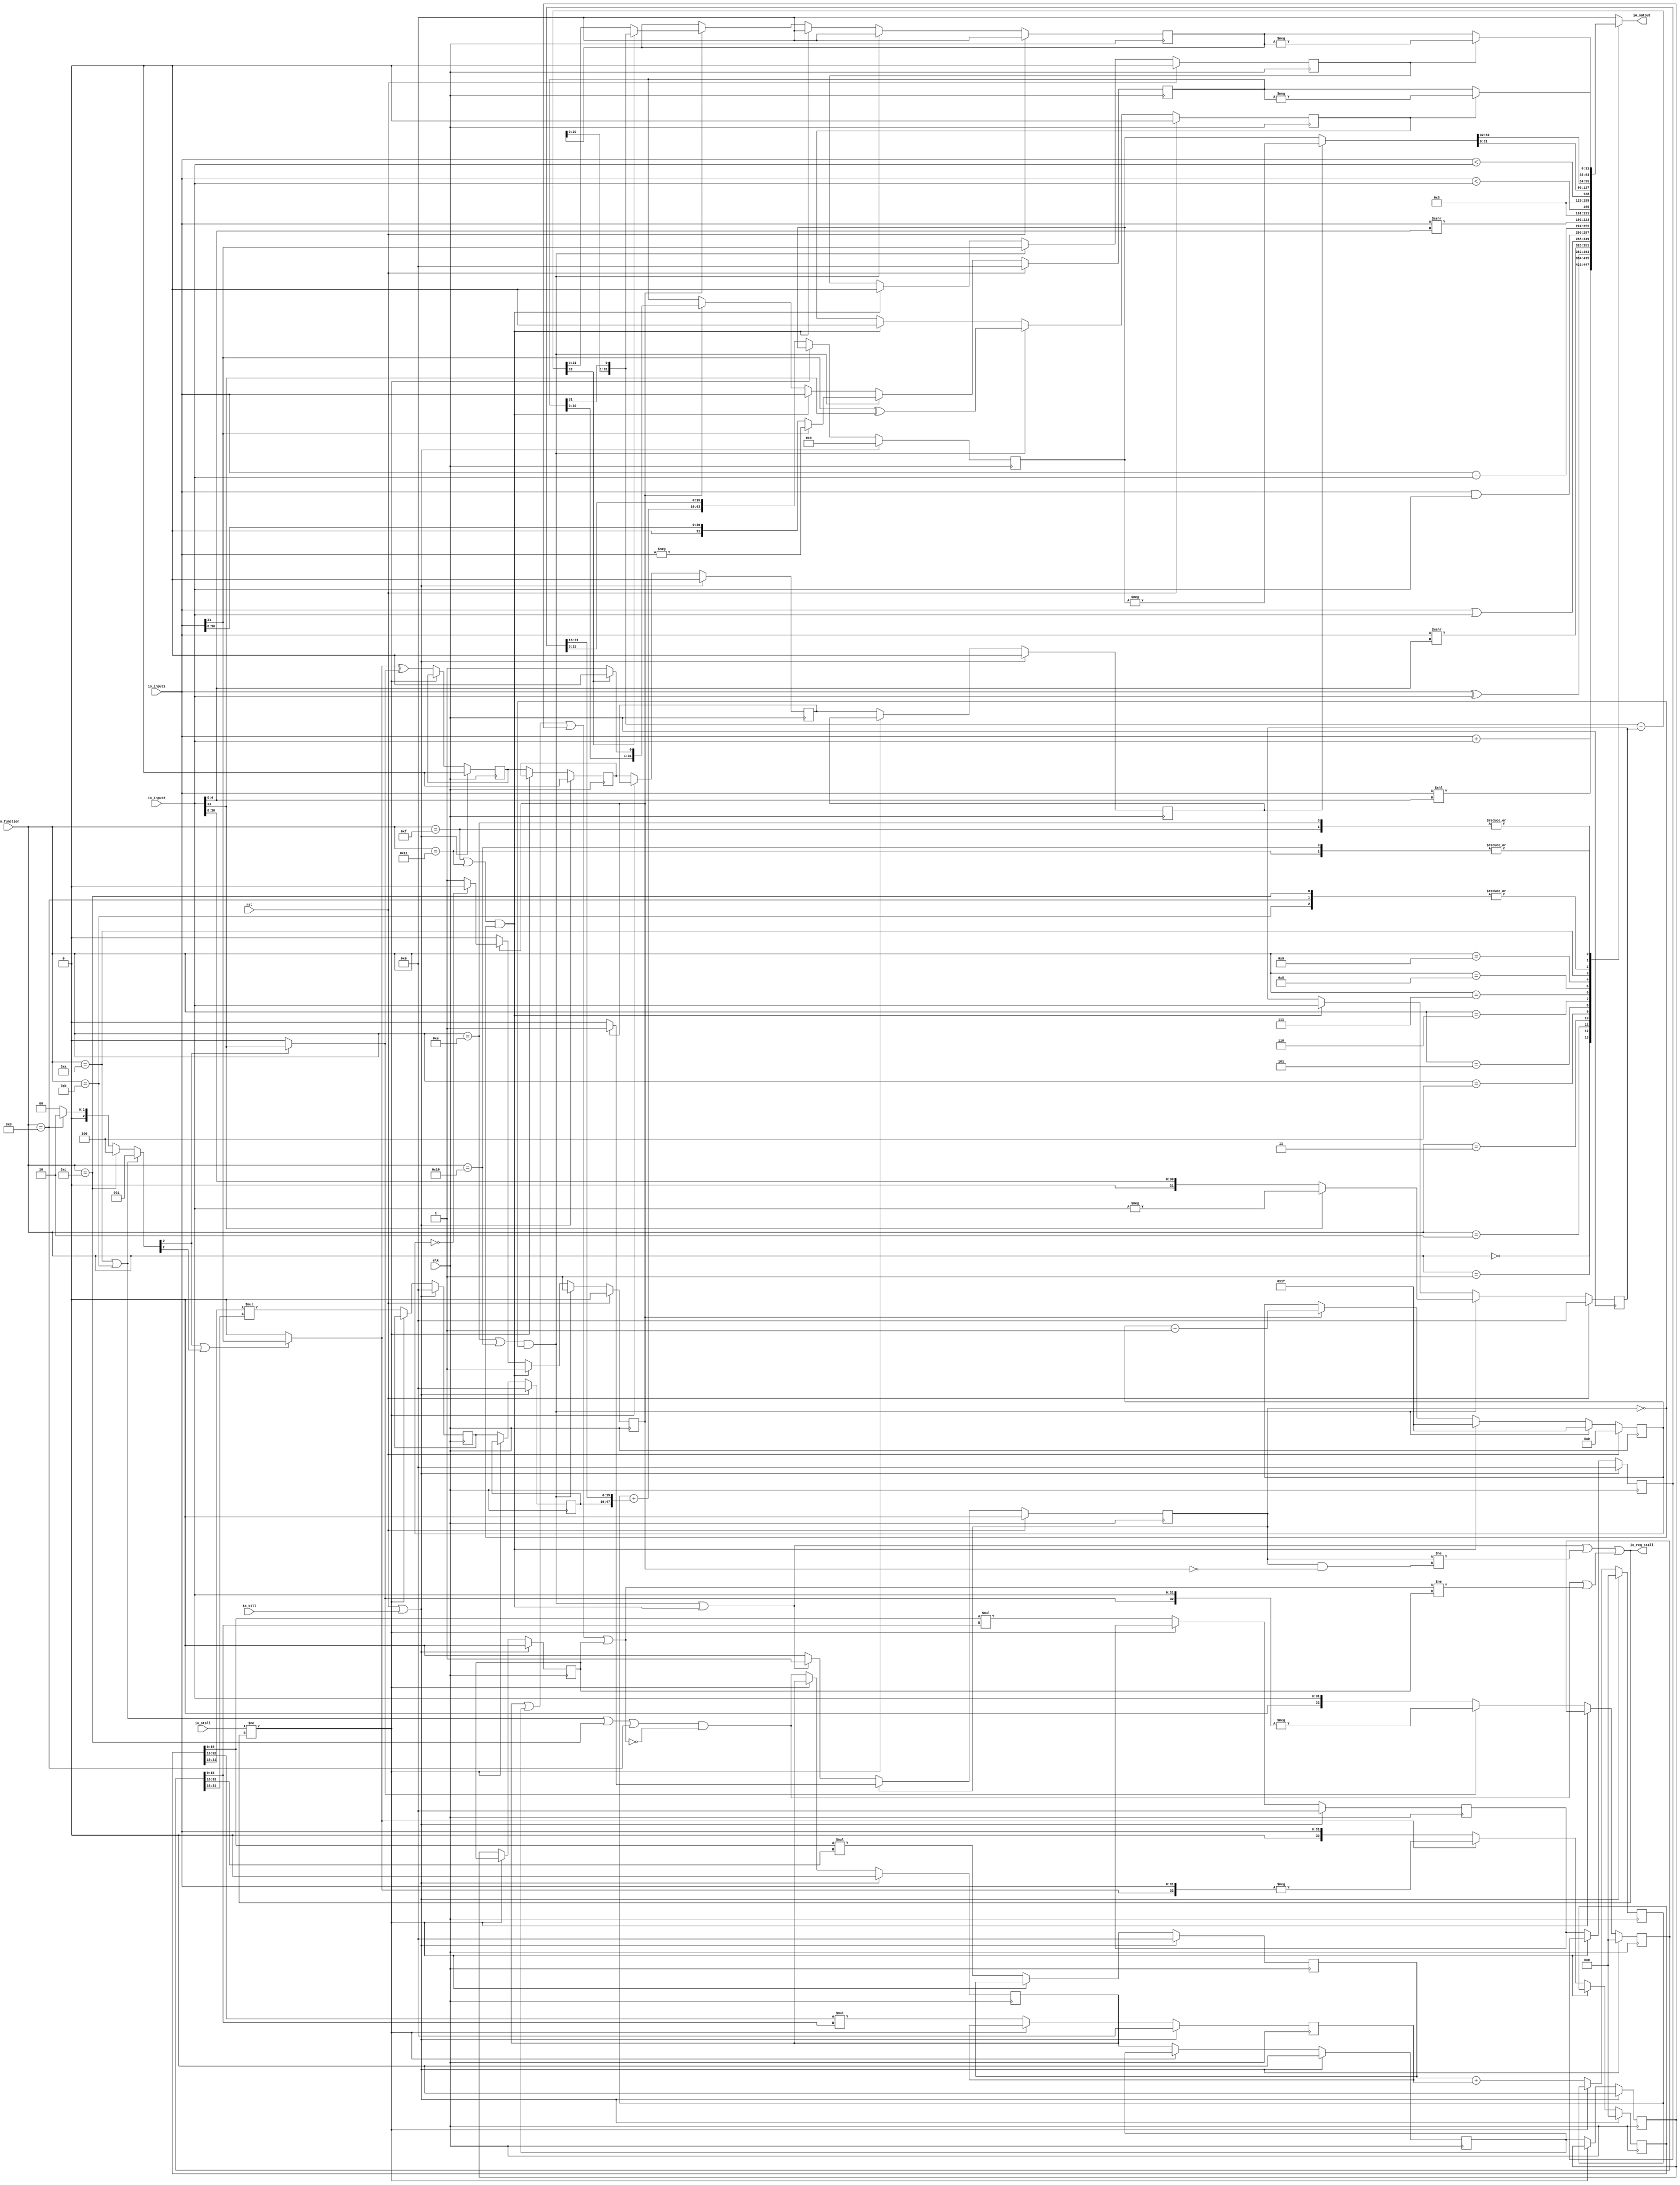
// Generated by MyHDL 0.11.45


`timescale 1ns/10ps

module ALU (
    clk,
    rst,
    io_input1,
    io_input2,
    io_function,
    io_stall,
    io_kill,
    io_output,
    io_req_stall
);
// Defines an Arithmetic-Logic Unit (ALU)
// 
// :param clk: System clock
// :param rst: System reset
// :param IO:  An IO bundle (Function, Input1, Input2, Output)

input clk;
input rst;
input [31:0] io_input1;
input [31:0] io_input2;
input [4:0] io_function;
input io_stall;
input io_kill;
output [31:0] io_output;
reg [31:0] io_output;
output io_req_stall;
wire io_req_stall;

wire [31:0] mult_h;
wire [31:0] mult_l;
wire mult_ss;
wire mult_su;
wire mult_uu;
wire [31:0] quotient;
wire [31:0] remainder;
wire [31:0] multIO_input1;
wire [31:0] multIO_input2;
wire [2:0] multIO_cmd;
wire multIO_enable;
wire multIO_active;
wire multIO_stall;
wire multIO_kill;
wire [63:0] multIO_output;
wire [31:0] divIO_dividend;
wire [31:0] divIO_divisor;
wire divIO_divs;
reg divIO_active;
wire divIO_divu;
wire [31:0] divIO_quotient;
wire [31:0] divIO_remainder;
wire divIO_ready;
wire multIO_ready;
reg div_active;
reg [4:0] div_cycle;
reg [31:0] div_denominator;
reg div_neg_remainder;
reg div_neg_result;
wire [32:0] div_partial_sub;
reg [31:0] div_residual;
reg [31:0] div_result;
reg [32:0] mult_A;
reg [32:0] mult_B;
wire [32:0] mult_a_sign_ext;
reg [0:0] mult_active0;
reg [0:0] mult_active1;
reg [0:0] mult_active2;
reg [0:0] mult_active3;
wire [32:0] mult_b_sign_ext;
wire [47:0] mult_partial_sum;
reg [31:0] mult_result_hh_0;
reg [31:0] mult_result_hh_1;
reg [31:0] mult_result_hl_0;
reg [31:0] mult_result_lh_0;
reg [31:0] mult_result_ll_0;
reg [31:0] mult_result_ll_1;
reg [32:0] mult_result_mid_1;
reg [63:0] mult_result_mult;
wire [0:0] mult_sign_a;
wire [0:0] mult_sign_b;
reg [0:0] mult_sign_result0;
reg [0:0] mult_sign_result1;
reg [0:0] mult_sign_result2;
reg [0:0] mult_sign_result3;



always @(quotient, mult_l, io_input2, remainder, mult_h, io_input1, io_function) begin: ALU_RTL
    case (io_function)
        'h0: begin
            io_output = (io_input1 + io_input2);
        end
        'h1: begin
            io_output = (io_input1 << io_input2[5-1:0]);
        end
        'h2: begin
            io_output = (io_input1 ^ io_input2);
        end
        'h3: begin
            io_output = (io_input1 >>> io_input2[5-1:0]);
        end
        'h4: begin
            io_output = (io_input1 | io_input2);
        end
        'h5: begin
            io_output = (io_input1 & io_input2);
        end
        'h6: begin
            io_output = (io_input1 - io_input2);
        end
        'h7: begin
            io_output = $signed($signed(io_input1) >>> io_input2[5-1:0]);
        end
        'h8: begin
            io_output = {31'h0, ($signed(io_input1) < $signed(io_input2))};
        end
        'h9: begin
            io_output = {31'h0, (io_input1 < io_input2)};
        end
        'ha: begin
            io_output = mult_l;
        end
        'hb: begin
            io_output = mult_h;
        end
        'hc: begin
            io_output = mult_h;
        end
        'hd: begin
            io_output = mult_h;
        end
        'he: begin
            io_output = quotient;
        end
        'hf: begin
            io_output = quotient;
        end
        'h10: begin
            io_output = remainder;
        end
        'h11: begin
            io_output = remainder;
        end
        default: begin
            io_output = 0;
        end
    endcase
end



assign mult_sign_a = (multIO_cmd[0] || multIO_cmd[2]) ? multIO_input1[31] : 1'h0;
assign mult_sign_b = multIO_cmd[0] ? multIO_input2[31] : 1'h0;
assign mult_partial_sum = ({15'h0, mult_result_mid_1} + {mult_result_hh_1[32-1:0], mult_result_ll_1[32-1:16]});
assign multIO_output = mult_sign_result3 ? (-mult_result_mult) : mult_result_mult;
assign multIO_ready = mult_active3;
assign multIO_active = (((mult_active0 | mult_active1) | mult_active2) | mult_active3);



assign mult_a_sign_ext = {mult_sign_a, multIO_input1};
assign mult_b_sign_ext = {mult_sign_b, multIO_input2};


always @(posedge clk) begin: ALU_MULT_PIPELINE
    if ((rst || multIO_kill)) begin
        mult_A <= 33'h0;
        mult_B <= 33'h0;
        mult_active0 <= 1'h0;
        mult_active1 <= 1'h0;
        mult_active2 <= 1'h0;
        mult_active3 <= 1'h0;
        mult_result_hh_0 <= 31'h0;
        mult_result_hh_1 <= 31'h0;
        mult_result_hl_0 <= 31'h0;
        mult_result_lh_0 <= 31'h0;
        mult_result_ll_0 <= 31'h0;
        mult_result_ll_1 <= 31'h0;
        mult_result_mid_1 <= 31'h0;
        mult_result_mult <= 64'h0;
        mult_sign_result0 <= 1'h0;
        mult_sign_result1 <= 1'h0;
        mult_sign_result2 <= 1'h0;
        mult_sign_result3 <= 1'h0;
    end
    else if ((!multIO_stall)) begin
        mult_A <= mult_sign_a ? (-mult_a_sign_ext) : mult_a_sign_ext;
        mult_B <= mult_sign_b ? (-mult_b_sign_ext) : mult_b_sign_ext;
        mult_sign_result0 <= (mult_sign_a ^ mult_sign_b);
        mult_active0 <= multIO_enable;
        mult_result_ll_0 <= (mult_A[16-1:0] * mult_B[16-1:0]);
        mult_result_lh_0 <= (mult_A[16-1:0] * mult_B[33-1:16]);
        mult_result_hl_0 <= (mult_A[33-1:16] * mult_B[16-1:0]);
        mult_result_hh_0 <= (mult_A[32-1:16] * mult_B[32-1:16]);
        mult_sign_result1 <= mult_sign_result0;
        mult_active1 <= mult_active0;
        mult_result_ll_1 <= mult_result_ll_0;
        mult_result_hh_1 <= mult_result_hh_0;
        mult_result_mid_1 <= (mult_result_lh_0 + mult_result_hl_0);
        mult_sign_result2 <= mult_sign_result1;
        mult_active2 <= mult_active1;
        mult_result_mult <= {mult_partial_sum, mult_result_ll_1[16-1:0]};
        mult_sign_result3 <= mult_sign_result2;
        mult_active3 <= mult_active2;
    end
end



assign divIO_quotient = (div_neg_result == 0) ? div_result : (-div_result);
assign divIO_remainder = (div_neg_remainder == 0) ? div_residual : (-div_residual);
assign divIO_ready = (divIO_active && (!div_active));
assign div_partial_sub = ({div_residual[31-1:0], div_result[31]} - div_denominator);


always @(posedge clk) begin: ALU_DIV__ACTIVE
    if (rst) begin
        divIO_active <= 1'b0;
    end
    else begin
        if (divIO_active) begin
            divIO_active <= (!div_active) ? 1'b0 : 1'b1;
        end
        else begin
            divIO_active <= (divIO_divs || divIO_divu) ? 1'b1 : 1'b0;
        end
    end
end


always @(posedge clk) begin: ALU_DIV_RTL
    if (rst) begin
        div_active <= 0;
        div_cycle <= 0;
        div_denominator <= 0;
        div_neg_result <= 0;
        div_neg_remainder <= 0;
        div_residual <= 0;
        div_result <= 0;
    end
    else begin
        if (divIO_divs) begin
            div_cycle <= 31;
            div_result <= (divIO_dividend[31] == 0) ? divIO_dividend : (-divIO_dividend);
            div_denominator <= (divIO_divisor[31] == 0) ? divIO_divisor : (-divIO_divisor);
            div_residual <= 0;
            div_neg_result <= (divIO_dividend[31] ^ divIO_divisor[31]);
            div_neg_remainder <= divIO_dividend[31];
            div_active <= 1;
        end
        else if (divIO_divu) begin
            div_cycle <= 31;
            div_result <= divIO_dividend;
            div_denominator <= divIO_divisor;
            div_residual <= 0;
            div_neg_result <= 0;
            div_neg_remainder <= 0;
            div_active <= 1;
        end
        else if (div_active) begin
            if ((div_partial_sub[32] == 0)) begin
                div_residual <= div_partial_sub[32-1:0];
                div_result <= {div_result[31-1:0], 1'h1};
            end
            else begin
                div_residual <= {div_residual[31-1:0], div_result[31]};
                div_result <= {div_result[31-1:0], 1'h0};
            end
            if ((div_cycle == 0)) begin
                div_active <= 0;
            end
            div_cycle <= (div_cycle - 5'h1);
        end
    end
end



assign multIO_input1 = io_input1;
assign multIO_input2 = io_input2;
assign multIO_cmd = mult_ss ? 3'h1 : mult_su ? 3'h4 : mult_uu ? 3'h2 : 3'h0;
assign multIO_enable = ((mult_ss || mult_su || mult_uu) && (!multIO_active));
assign multIO_stall = (io_stall != io_req_stall);
assign multIO_kill = io_kill;
assign mult_l = multIO_output[32-1:0];
assign mult_h = multIO_output[64-1:32];
assign divIO_dividend = io_input1;
assign divIO_divisor = io_input2;
assign divIO_divs = (((io_function == 14) || (io_function == 16)) && (!divIO_active));
assign divIO_divu = (((io_function == 15) || (io_function == 17)) && (!divIO_active));
assign quotient = divIO_quotient;
assign remainder = divIO_remainder;



assign mult_ss = ((io_function == 10) || (io_function == 11));
assign mult_su = (io_function == 12);
assign mult_uu = (io_function == 13);



assign io_req_stall = ((divIO_divs || divIO_divu || (divIO_active != divIO_ready)) || (multIO_enable || (multIO_active != multIO_ready)));

endmodule